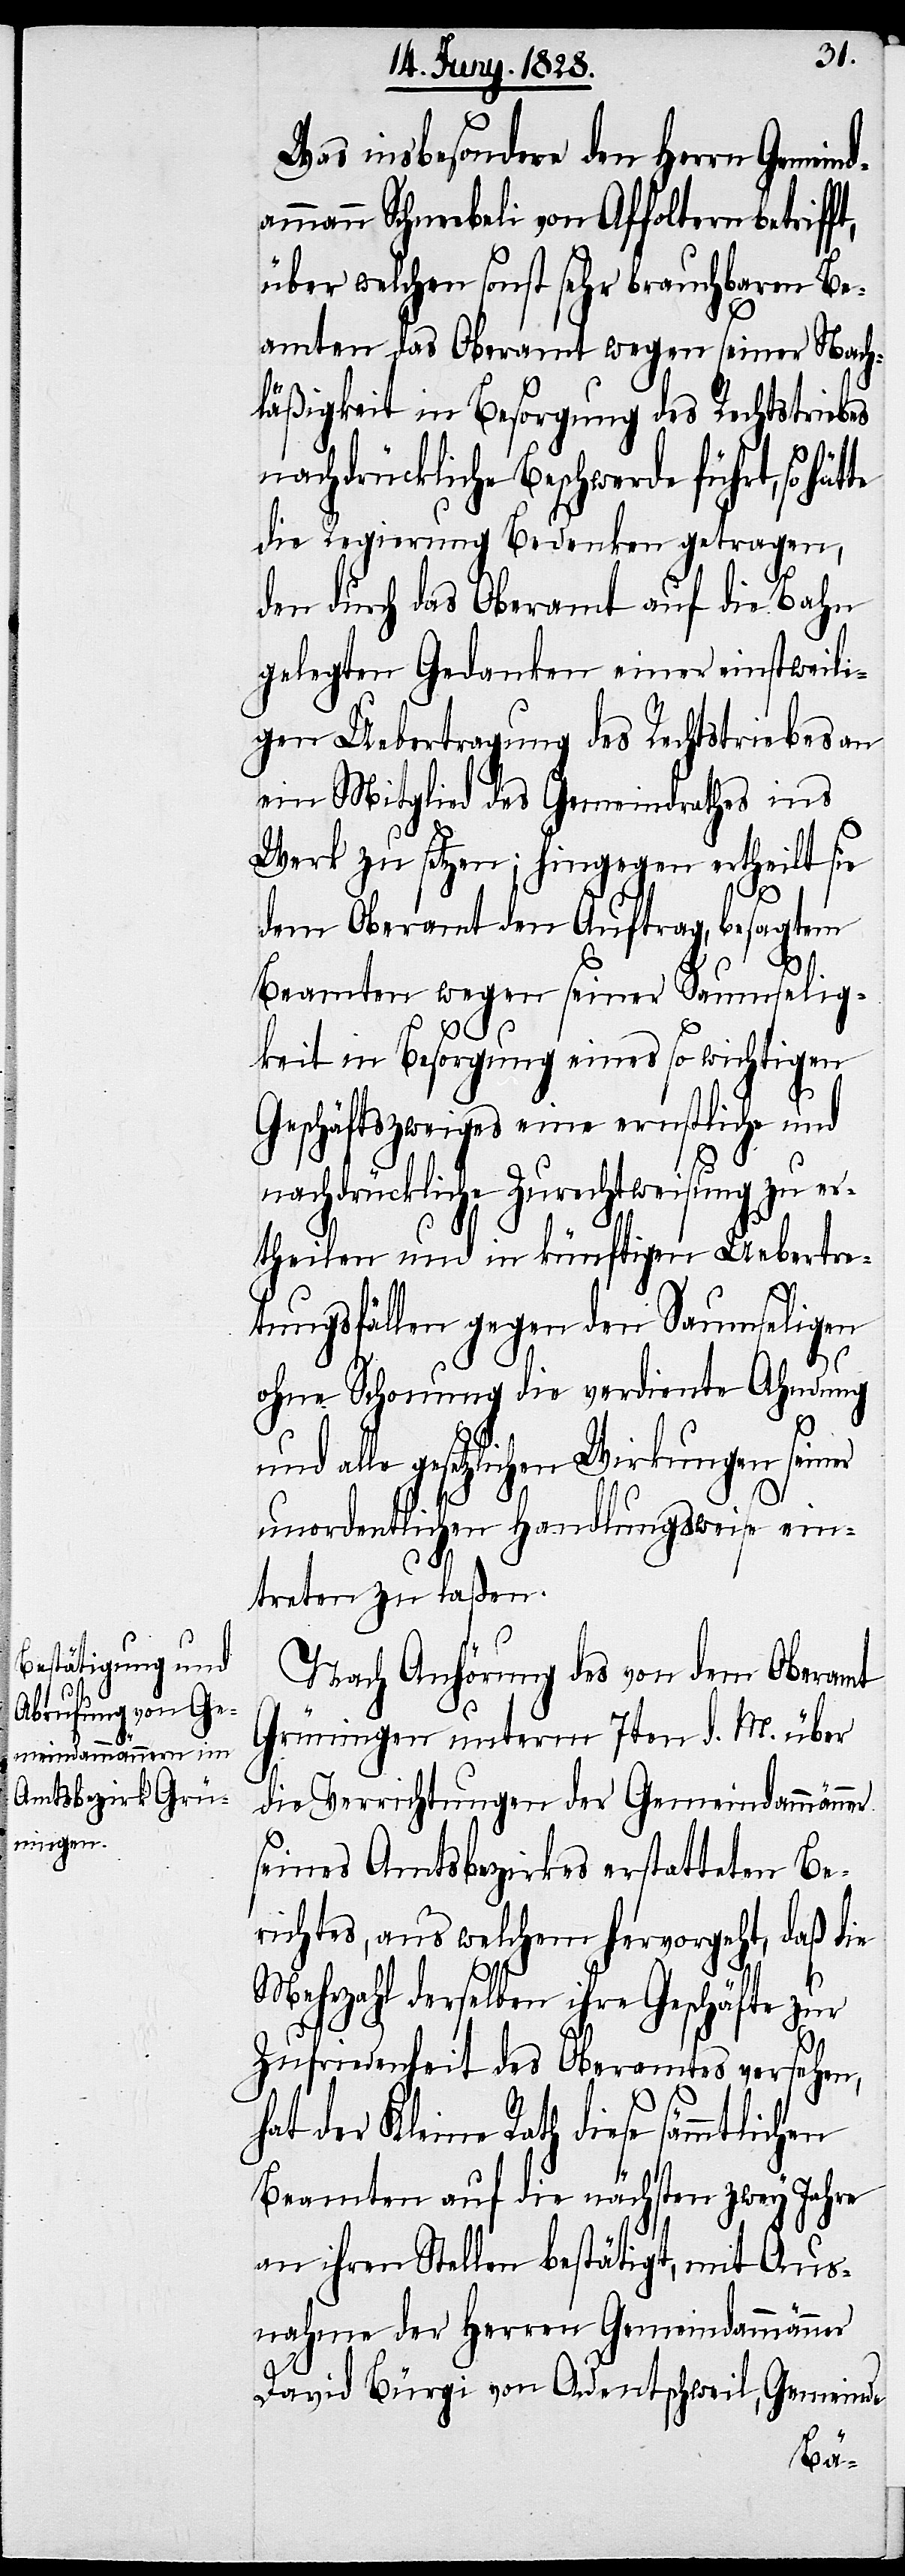
h¬

Was insbesondere den Herrn Gemeind¬
ammann Schneebeli von Affoltern betriff¬
über welchen sonst sehr brauchbaren Be¬
amten das Oberamt wegen seiner Nach¬
läßigkeit in Besorgung des Rechtstriebes
nachdrückliche Beschwerde führt,
die Regierung Bedenken getragen,
den durch das Oberamt auf die Bahn
gelegten Gedanken einer einstweili¬
gen Uebetragung des Rechtstriebes an
ein Mitglied des Gemeindrathes ins
Werk zu setzen; hingegen ertheilt sie
dem Oberamt den Auftrag, besagtem
Beamten wegen seiner Saumselig¬
keit in Besorgung eines so wichtigen
Geschäftszweiges eine ernstliche und
nachdrückliche Zurechtweisung zu er¬
theilen und in künftigen Uebertre¬
tungsfällen gegen den Saumseligen
ohne Schonung die verdiente Ahndung
alle gesetzlichen Wirkungen sein¬
unordentlichen Handlungsweise ein¬
treten zu laßen.
Nach Anhörung des von dem Oberamt
Grüningen unterm 7ten d. M. über
die Verrichtungen der Gemeindammänner
seines Amtsbezirkes erstatteten Be¬
richtes, aus welchem hervorgeht, daß die
er
Mehrzahl derselben ihre Geschäfte zur
Zufriedenheit des Oberamtes versehen,
at der Kleine Rath diese sämmtlichen
Beamten auf die nächsten zwey Jahre
an ihren Stellen bestätigt, mit Aus¬
nahme der Herren Gemeindammänner
David Bürgi von Adentschweil, Gemeinde